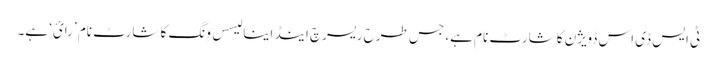
ٹی ایس ڈی اس ڈویژن کا شارٹ نام ہے، جس طرح ریسرچ اینڈ اینا لیسس وِنگ کا شارٹ نام ’رائ‘ ہے۔